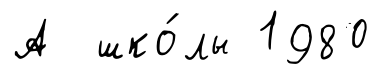
А шко́лы 1980